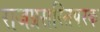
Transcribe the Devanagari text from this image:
राजप्रसस्तिपरक